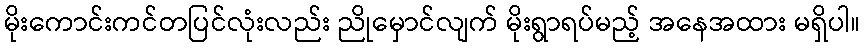
မိုးကောင်းကင်တပြင်လုံးလည်း ညိုမှောင်လျက် မိုးရွာရပ်မည့် အနေအထား မရှိပါ။